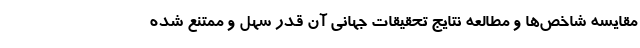
مقایسه شاخص‌ها و مطالعه نتایج تحقیقات جهانی آن قدر سهل و ممتنع شده